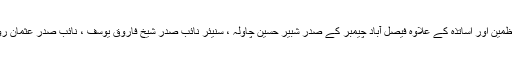
یہ تقریب فیصل آباد چیمبر آف کامرس اینڈانڈسٹری میں ہوئی جس میں ان اداروں کے منتظمین اور اساتذہ کے علاوہ فیصل آباد چیمبر کے صدر شبیر حسین چاولہ ، سنیئر نائب صدر شیخ فاروق یوسف ، نائب صدر عثمان رؤف ، فیڈمک بورڈ کے ڈائریکٹر وں اور دیگر سرکردہ صنعتکاروں نے بھی شرکت کی۔